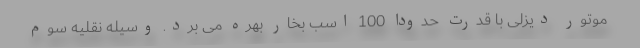
موتور دیزلی با قدرت حدودا 100 اسب بخار بهره می برد. وسیله نقلیه سوم